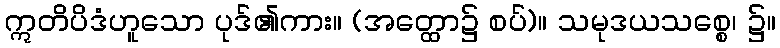
ဣတိပိဒံဟူသော ပုဒ်၏ကား။ (အတ္ထော၌ စပ်)။ သမုဒယသစ္စေ၊ ၌။